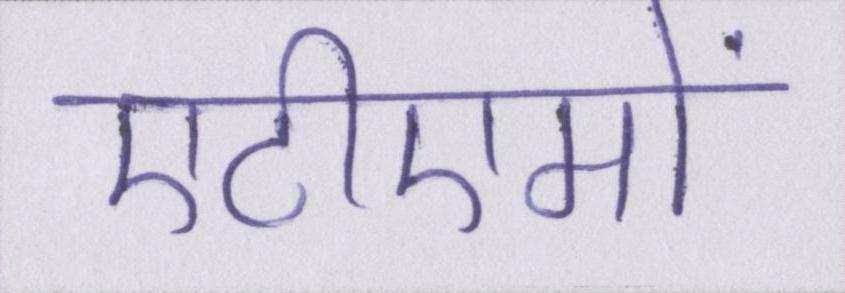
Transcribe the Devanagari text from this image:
एटीएमों